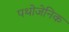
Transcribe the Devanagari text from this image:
पथोजेनिक